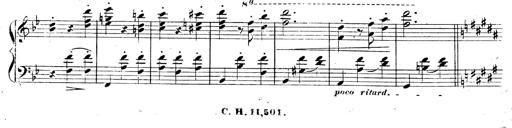
Title: 3 Caprices-Valses
Composer: Franz Liszt